Vaccination in Bombay 1889-1901 - 1889-1901
Year: 1889
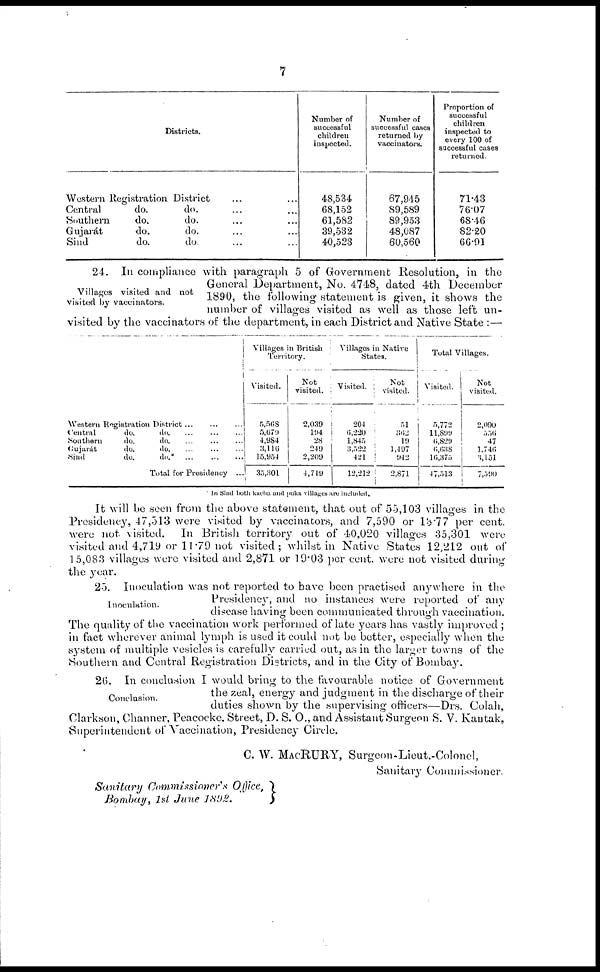
7
Districts.
Western Registration District ... ...
Central
do.
do. ... ...
Southern
do.
do. ... ...
Gujarát
do.
do. ... ...
Sind
do.
do. ... ...
Number of
successful
children
inspected.
48,534
68,152
61,582
39,532
40,523
Number of
successful cases
returned by
vaccinators.
67,945
89,589
89,953
48,087
60,560
Proportion of
successful
children
inspected to
every 100 of
successful cases
returned.
71.43
76.07
68.46
82.20
66.91
Villages visited and not
visited by vaccinators.
24. In compliance with paragraph 5 of Government Resolution, in the
General Department, No. 4748, dated 4th December
1890, the following statement is given, it shows the
number of villages visited as well as those left un-
visited by the vaccinators of the department, in each District and Native State :—
Western Registration District ... ... ...
Central
do.
do. ... ... ...
Southern
do.
do. ... ... ...
Gujarát
do.
do. ... ... ...
Sind
do.
do.* ... ... ...
Total for Presidency ...
Villages in British
Territory.
Visited.
5,568
5,679
4,984
3,116
15,954
35,301
Not
visited.
2,039
194
28
249
2,209
4,719
Villages in Native
States.
Visited.
204
6,220
1,845
3,522
421
12,212
Not
visited.
51
362
19
1,497
942
2,871
Total Villages.
Visited.
5,772
11,899
6,829
6,638
l6,375
47,513
Not
visited.
2,090
5 5 6
47
1,746
3,151
7,590
In Sind both kacha and puka villages are included.
It will be seen from the above statement, that out of 55,103 villages in the
Presidency, 47,513 were visited by vaccinators, and 7,590 or 13.77 per cent,
were not visited.
In British territory out of 40,020 villages 35,301 were
visited and 4,719 or 11.79 not visited; whilst in Native States 12,212 out of
15,083 villages were visited and 2,871 or 19.03 per cent. were not visited during
the year.
Inoculation.
25. Inoculation was not reported to have been practised anywhere in the
Presidency, and no instances were reported of any
disease having been communicated through vaccination.
The quality of the vaccination work performed of late years has vastly improved ;
in fact wherever animal lymph is used it could not be better, especially when the
system of multiple vesicles is carefully carried out, as in the larger towns of the
Southern and Central Registration Districts, and in the City of Bombay.
Conclusion.
26. In conclusion I would bring to the favourable notice of Government
the zeal, energy and judgment in the discharge of their
duties shown by the supervising officers—Drs. Colah,
Clarkson, Channer, Peacocke. Street, D. S. O., and Assistant Surgeon S. V. Kantak,
Superintendent of Vaccination, Presidency Circle.
C. W. MACRUKY, Surgeon.Lieut.-Colonel,
Sanitary Commissioner.
Sanitary Commissioner's Office,
Bombay, 1st June 1892.